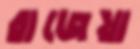
রাজেয়া